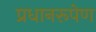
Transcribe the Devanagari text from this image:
प्रधानरूपेण